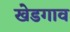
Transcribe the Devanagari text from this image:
खेडगाव